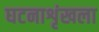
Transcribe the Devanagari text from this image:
घटनाशृंखला